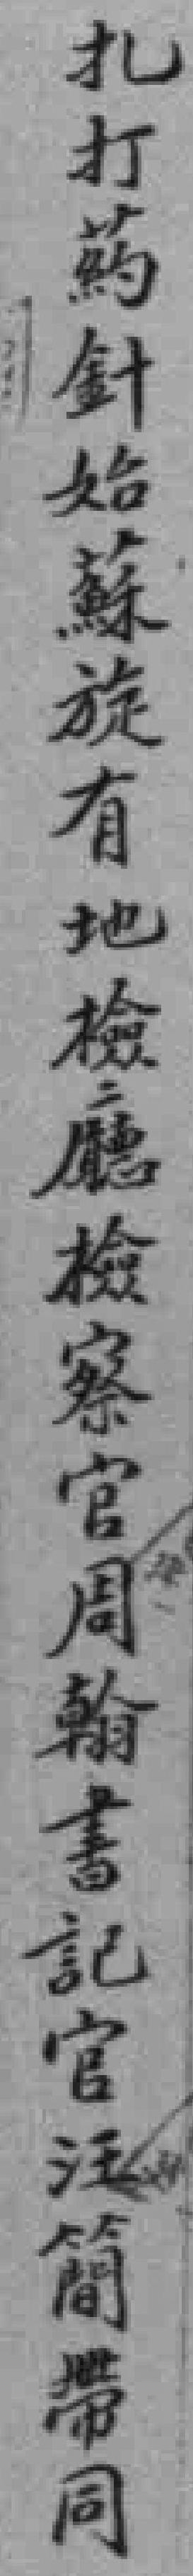
扎打葯針始蘇旋有地檢廳檢察官周翰書記官汪簡帶同